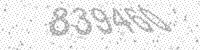
Solution: 839460